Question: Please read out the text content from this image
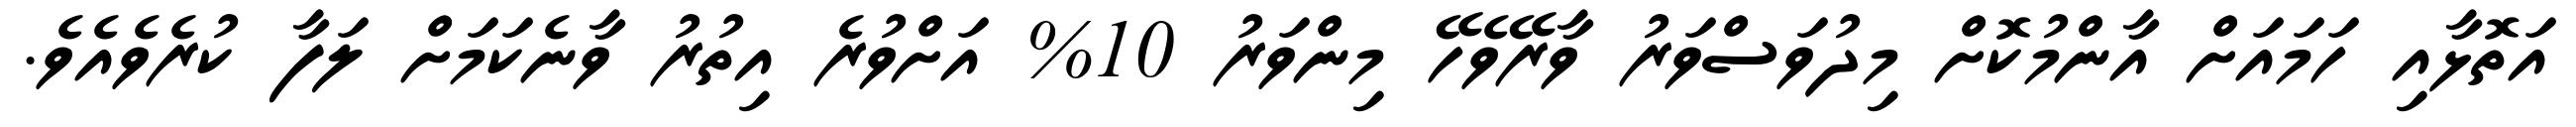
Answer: އަތޮޅާއި ހަމައަށް އާންމުކޮށް މިދުވަސްވަރު ވާރޭވެހޭ މިންވަރު 10% އަށްވުރެ އިތުރު ވާނެކަމަށް ލަފާ ކުރެވެއެވެ.